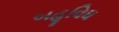
બહૂવિધ